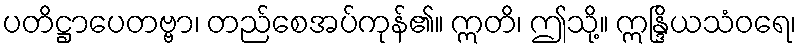
ပတိဋ္ဌာပေတဗ္ဗာ၊ တည်စေအပ်ကုန်၏။ ဣတိ၊ ဤသို့။ ဣန္ဒြိယသံဝရေ၊